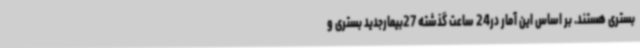
بستری هستند. بر اساس این آمار در24 ساعت گذشته 27بیمارجدید بستری و